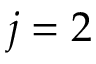
j = 2